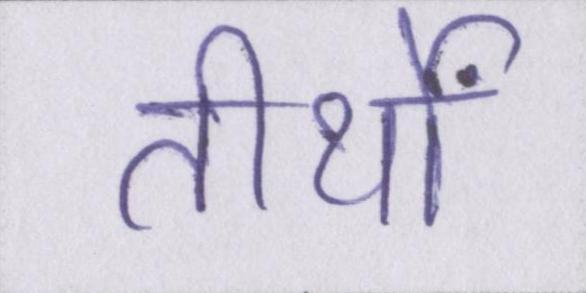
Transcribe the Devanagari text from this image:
तीर्थों